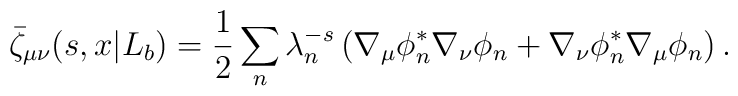
\bar\zeta_ {\mu\nu}(s,x|L_b)= {1\over 2}\sum_n\lambda_n^{-s}\left(\nabla_\mu\phi_n^*\nabla_\nu\phi_n+\nabla_\nu\phi^*_n\nabla_\mu\phi_n\right).